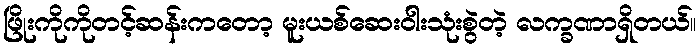
ဖြိုးကိုကိုတင့်ဆန်းကတော့ မူးယစ်ဆေးဝါးသုံးစွဲတဲ့ လက္ခဏာရှိတယ်။